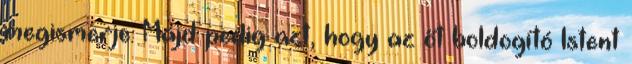
megismerje. Majd pedig azt, hogy az őt boldogító Istent